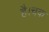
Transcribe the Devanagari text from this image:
है।चक